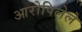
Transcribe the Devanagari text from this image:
आरोपिलेले